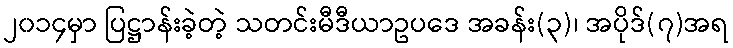
၂၀၁၄မှာ ပြဋ္ဌာန်းခဲ့တဲ့ သတင်းမီဒီယာဥပဒေ အခန်း(၃)၊ အပိုဒ်(၇)အရ